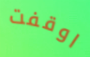
اوقفت